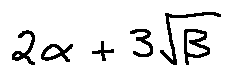
2 \alpha + 3 \sqrt { \beta }